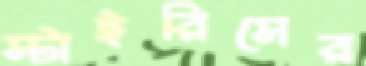
স্টাইরিসের